Civil Veterinary Dept. Assam report 1927-50 - 1927-1950
Year: 1927
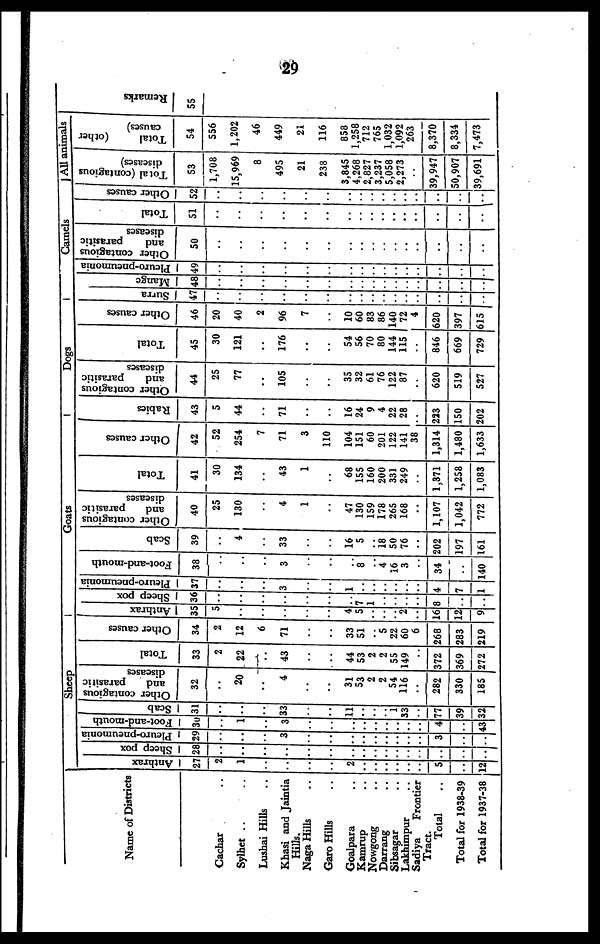
29
Name of Districts
Cachar ..
Sylhet .. ..
Lushai Hills ..
Khasi and Jaintia
Hills.
Naga Hills ..
Garo Hills ..
Goalpara ..
Kamrup ..
Nowgong ..
Darrang ..
Sibsagar ..
Lakhimpur ..
Sadiya
Frontier
Tract.
Total ..
Total for 1938-39
Total for 1937-38
Sheep
Anthrax
27
2
1
..
..
..
..
2
..
..
..
..
..
..
5
..
12
Sheep pox
28
..
..
..
..
..
..
..
..
..
..
..
..
..
..
..
Pleuro-pneumonia
29
..
..
..
3
..
..
..
..
..
..
..
..
..
3
..
..
Foot-and-mouth
30
..
1
..
3
..
..
..
..
..
..
..
..
..
4
..
43
Scab
31
..
..
..
33
..
..
11
..
..
..
1
33
..
77
39
32
Other contagious
and
parasitic
diseases
32
..
20
..
4
..
..
31
53
2
2
54
116
..
282
330
185
Total
33
2
22
..
43
..
..
44
53
2
2
55
149
..
372
369
272
Other causes
34
2
12
6
71
..
..
33
51
5
22
60
6
268
283
219
Goats
Anthrax
35
5
..
..
..
..
..
4
5
..
..
..
2
..
16
12
9
Sheep pox
36
..
..
..
..
..
..
..
7
..
..
..
..
..
4
7
1
Pleuro-pneumonia
37
..
..
..
3
..
..
..
..
..
..
..
..
..
..
..
..
Foot-and-mouth
38
..
..
..
3
..
..
..
8
..
4
16
3
..
34
..
140
Scab
39
..
4
..
33
..
..
16
5
..
18
50
76
..
202
197
161
Other contagious
and
parasitic
diseases
40
25
130
..
4
1
..
47
130
159
178
265
168
..
1,107
1,042
772
Total
41
30
134
..
43
1
..
68
155
160
200
331
249
..
1,371
1,258
1,083
Other causes
42
52
254
7
71
3
110
104
151
60
201
122
141
38
1,314
1,480
1,633
Dogs
Rabies
43
5
44
71
..
..
16
24
9
4
22
28
..
223
150
202
Other contagious
and
parasitic
diseases
44
25
77
..
105
..
..
35
32
61
76
122
87
..
620
519
527
Total
45
30
121
..
176
..
..
54
56
70
80
144
115
..
846
669
729
Other causes
46
20
40
2
96
7
..
10
60
83
86
140
72
4
620
397
615
Camels
Surra
47
..
..
..
..
..
..
..
..
..
..
..
..
..
..
..
..
Mange
48
..
..
..
..
..
..
..
..
..
..
..
..
..
..
..
..
Pleuro-pneumonia
49
..
..
..
..
..
..
..
..
..
..
..
..
..
..
..
..
Other contagious
and
parasitic
diseases
50
..
..
..
..
..
..
..
..
..
..
..
..
..
..
..
..
Total
51
..
..
..
..
..
..
..
..
..
..
..
..
..
..
..
..
Other causes
52
..
..
..
..
..
..
..
..
..
..
..
..
..
..
..
..
All animals
Total (contagious
diseases)
53
1,708
15,969
8
495
21
238
3,845
4,268
2,827
3,237
5,058
2,273
..
39,947
50,907
39,691
Total
(other
causes)
54
556
1,202
46
449
21
116
858
1,258
712
765
1,032
1,092
263
8,370
8,334
7,473
Re ma r
ks
55